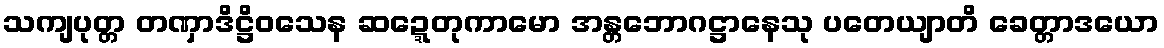
သကျပုတ္တ တဏှာဒိဋ္ဌိဝသေန ဆဍ္ဍေတုကာမော အန္တဘောဂဋ္ဌာနေသု ပတေယျာတိ ခေတ္တာဒယော